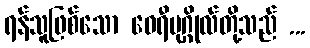
ရန်သူဖြစ်သော ဝေရီပုဂ္ဂိုလ်တို့သည် ...